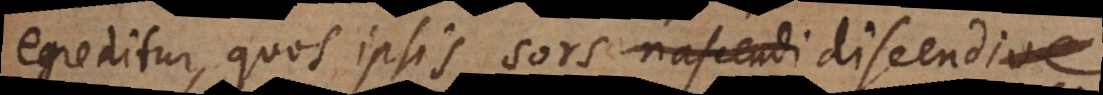
egreditur, quos ipsis sors discendi